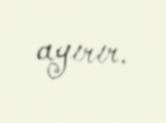
ayırır.